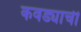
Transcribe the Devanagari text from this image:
कवड्याची